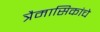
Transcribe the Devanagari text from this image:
त्रैमासिकांचे